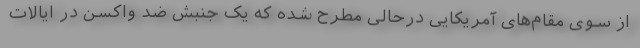
از سوی مقام‌های آمریکایی درحالی مطرح شده که یک جنبش ضد واکسن در ایالات